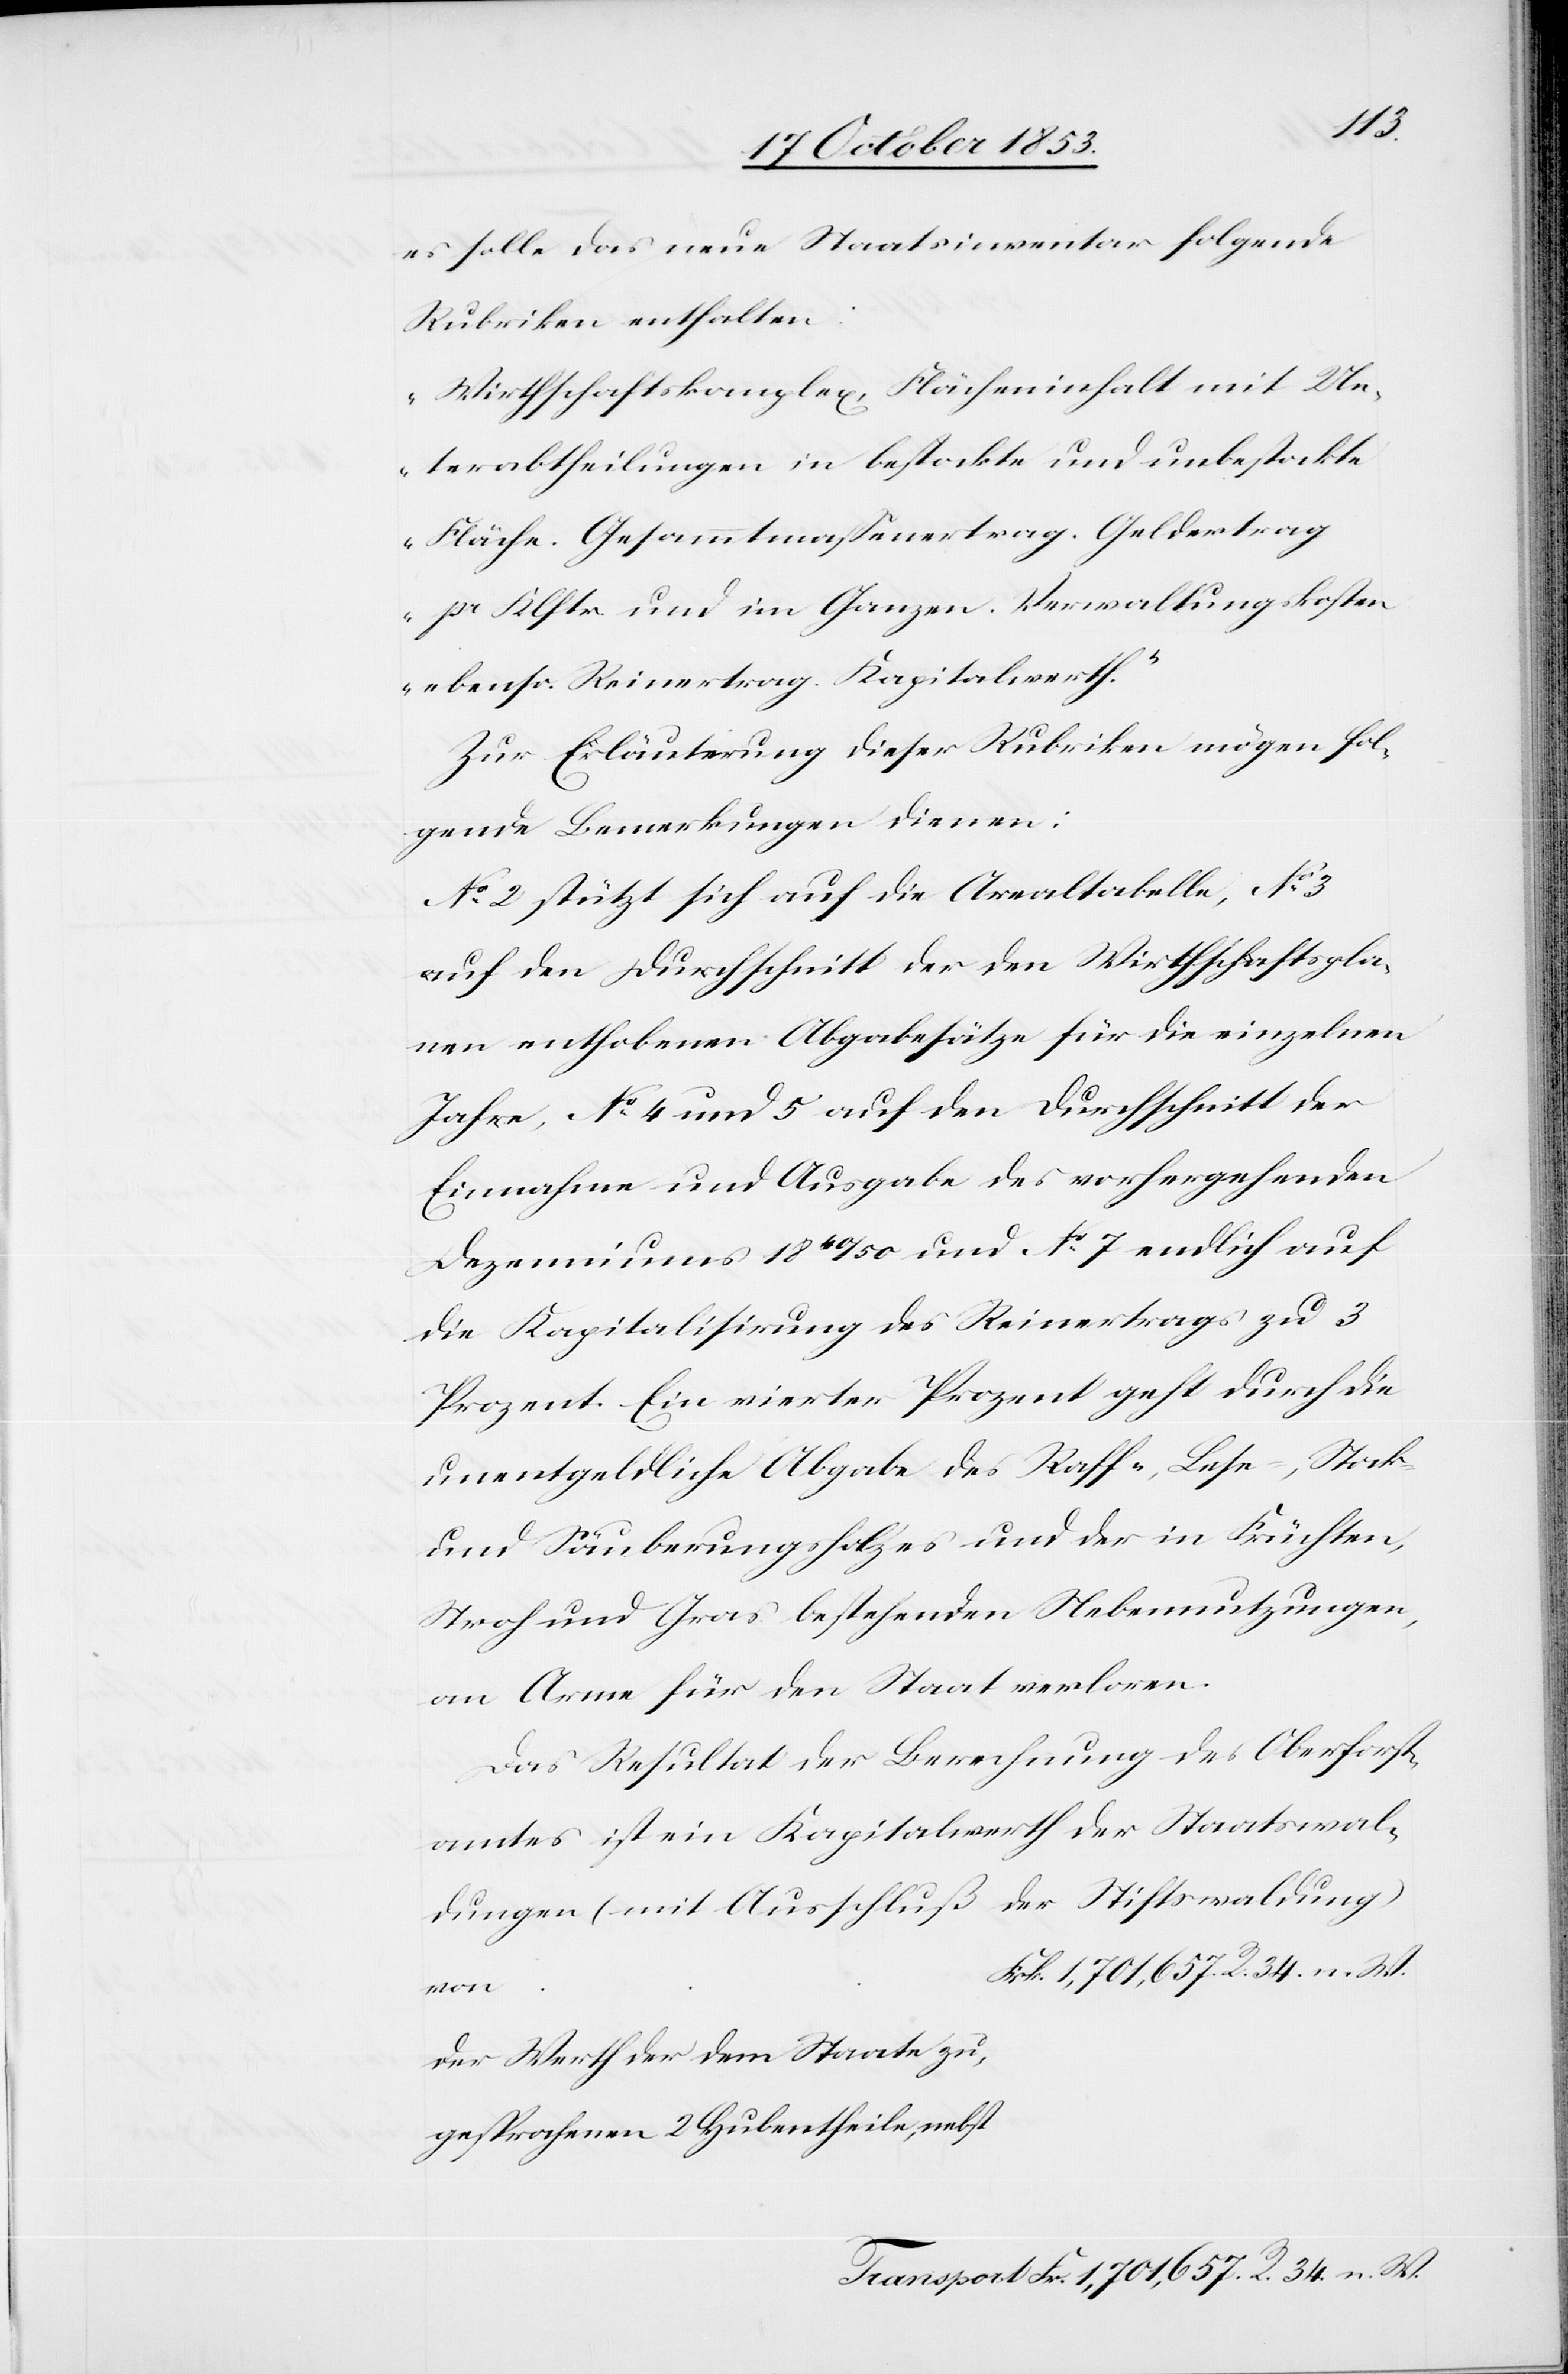
es solle das neue Staatsinventar folgende
Rubriken enthalten:
„Wirthschaftskomplex, Flächeninhalt mit Un¬
terabtheilungen in bestockte und unbestockte
Fläche. Gesammtmaßenertrag. Geldertrag
pr Klftr. und im Ganzen. Verwaltungskosten
ebenso Reinertrag. Kapitalwerth.“
Zur Erläuterung dieser Rubriken mögen fol¬
gende Bemerkungen dienen:
N° 2. Stützt sich auf die Anwaltstabelle, N° 3
auf den Durchschnitt der den Wirthschaftspla¬
nen enthobenen Abgabesätze für die einzelnen
Jahre, N° 4 und 5 auf den Durchschnitt der
Einnahme und Ausgabe des vorhergehenden
Dezenniums 1840/50 und N° 7 endlich auf
die Kapitalisirung des Reinertrags zu 3
Prozent. Ein vierter Prozent geht durch die
unentgeldliche Abgabe des Raff-, Lehe-, Stock-
und Säuberungsholzes und der in Früchten,
Stroh und Gras bestehenden Nebennutzungen,
an Arme für den Staat verloren.
Das Resultat der Berechnung des Oberforst¬
amtes ist ein Kapitalwerth der Staatswal¬
dungen (mit Ausschluß der Stiftswaldung)
Frk. 1,701,657. R. 34. n. W.
Der Werth der dem Staate zu¬
gesprochenen 2 Hubentheile,